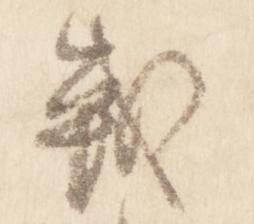
戦